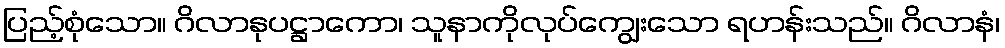
ပြည့်စုံသော။ ဂိလာနုပဋ္ဌာကော၊ သူနာကိုလုပ်ကျွေးသော ရဟန်းသည်။ ဂိလာနံ၊